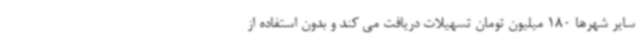
سایر شهرها 180 میلیون تومان تسهیلات دریافت می کند و بدون استفاده از